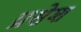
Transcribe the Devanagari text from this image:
प्रसेश